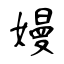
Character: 嫚